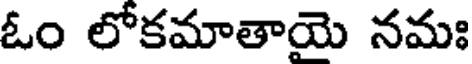
ఓం లోకమాతాయె నమః